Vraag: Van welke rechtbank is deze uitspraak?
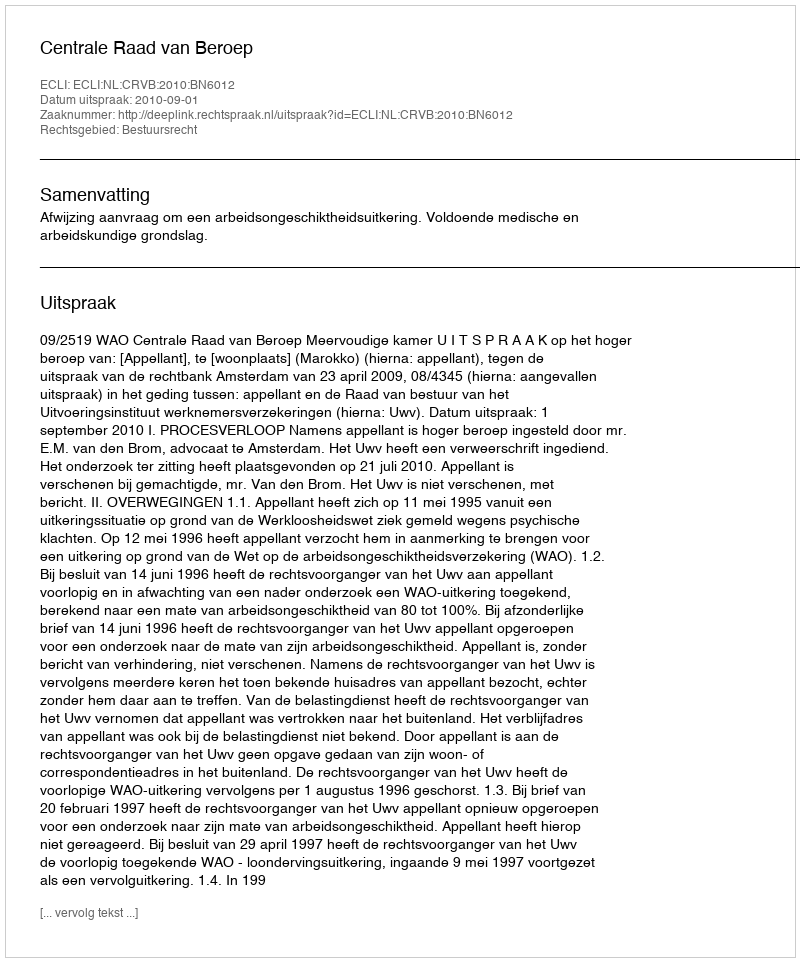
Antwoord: Centrale Raad van Beroep